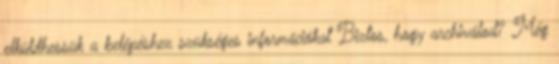
elküldhessük a belépéshez szükséges információkat Biztos, hogy archiválod? Még